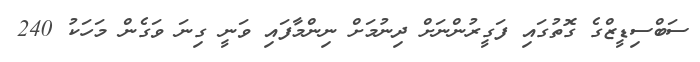
ސަބްސިޑީޒްގެ ގޮތުގައި ފަގީރުންނަށް ދިނުމަށް ނިންމާފައި ވަނީ ގިނަ ވަގެން މަހަކު 240